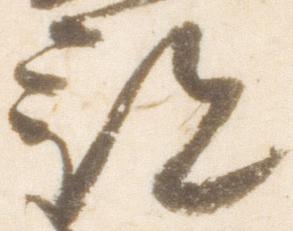
部